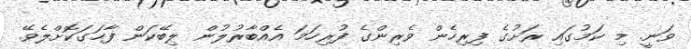
ވަނީ. މި ކަމުގައި ރަށުގެ ފިރިހެން ވެރިންގެ ފުރިހަމަ އެއްބާރުލުން ލިބޭކަން ފާހަގަކޮށްލެވޭ.